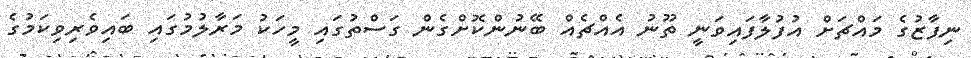
ނިފާޒުގެ މައްޗަށް އުފުލާފައިވަނީ ތޫނު އެއްޗެއް ބޭނުންކޮށްގެން ގަސްތުގައި މީހަކު މަރާލުމުގައި ބައިވެރިވިކަމުގެ